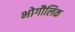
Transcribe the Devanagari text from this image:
भोगौलिक